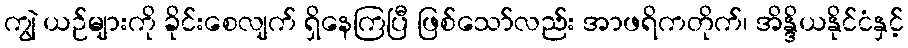
ကျွဲ ယဉ်များကို ခိုင်းစေလျက် ရှိနေကြပြီ ဖြစ်သော်လည်း အာဖရိကတိုက်၊ အိန္ဒိယနိုင်ငံနှင့်